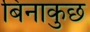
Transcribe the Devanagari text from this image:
बिनाकुछ